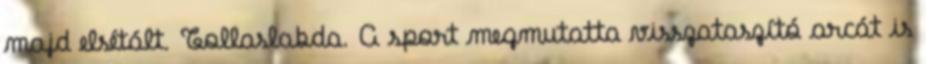
majd elsétált. Tollaslabda. A sport megmutatta visszataszító arcát is